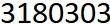
3180303